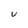
Character: v